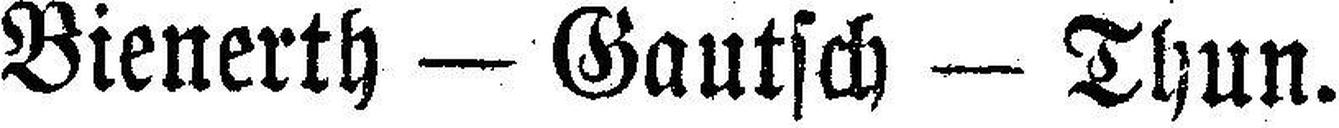
Bienerth — Gautsch — Thun.